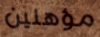
مؤهلين